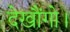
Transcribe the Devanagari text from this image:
देखौंगो।